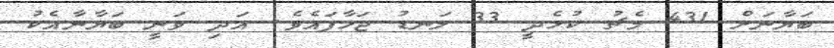
ބަޔާނަށް 431 މެޗު ކުޅެދީ 33 ލަނޑު ޖަހާފައެވެ. އަދި ވަނީ ބަޔާނާއެކު